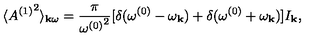
\langle { A ^ { ( 1 ) } } ^ { 2 } \rangle _ { { \bf k } \omega } = { \frac { \pi } { { \omega ^ { ( 0 ) } } ^ { 2 } } } [ \delta ( \omega ^ { ( 0 ) } - \omega _ { \bf k } ) + \delta ( \omega ^ { ( 0 ) } + \omega _ { \bf k } ) ] I _ { \bf k } ,